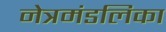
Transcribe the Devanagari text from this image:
नेत्रमंडलिका